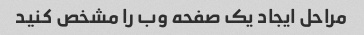
مراحل ایجاد یک صفحه وب را مشخص کنید